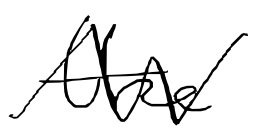
Text: the
Cross-out: zig-zag
Writing tool: digital_black